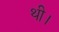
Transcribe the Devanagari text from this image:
थी।